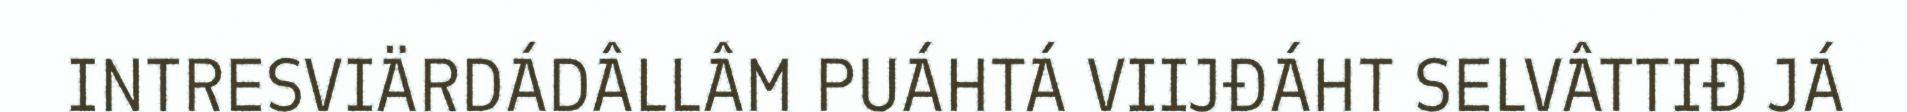
INTRESVIÄRDÁDÂLLÂM PUÁHTÁ VIIJĐÁHT SELVÂTTIĐ JÁ